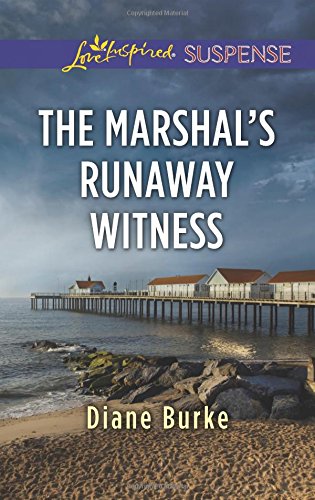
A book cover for The Marshal's Runaway Witness (Love Inspired Suspense); Diane Burke; Romance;